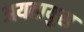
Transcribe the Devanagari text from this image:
अयतायुस